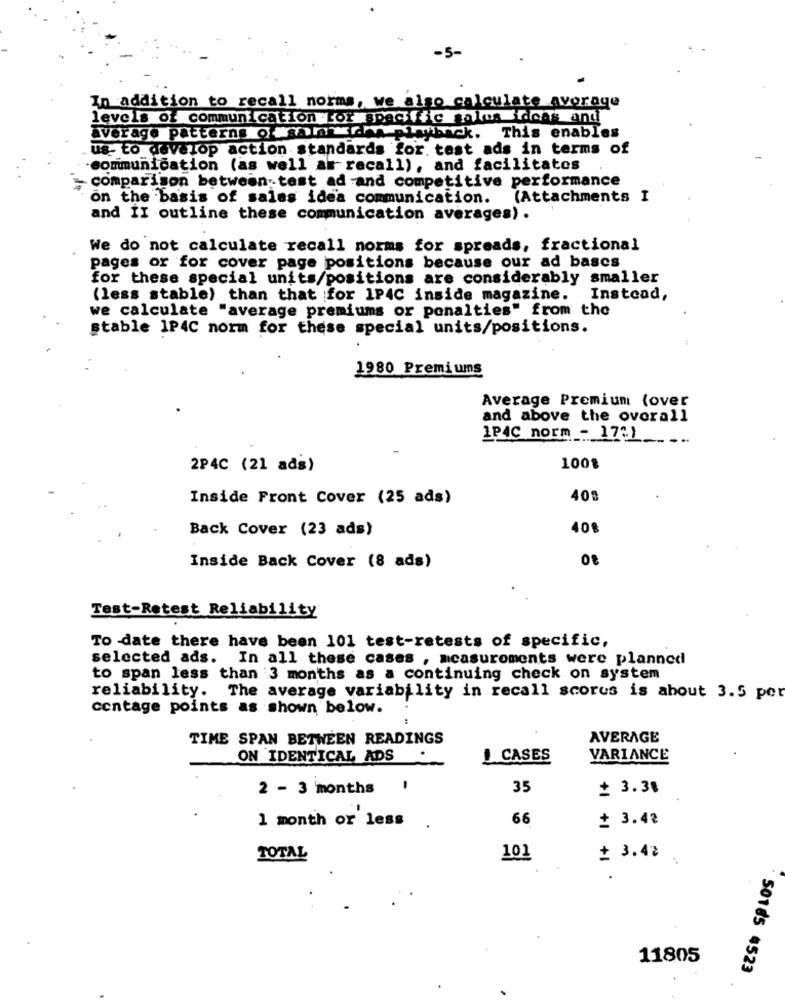
In addition to recall norms, we also calculate average
levels of communication for specific salus ideas and
average patterns of salt taha playback.
This enables
us to develop action standards for. test ads in terms of
-communication (as well as recall), and facilitates
- comparison between-test ad and competitive performance
on the basis of sales idea communication.
(Attachments I
and II outline these communication averages) .
We do not calculate recall norms for spreads, fractional
pages or for cover page positions because our ad bases
for these special units/positions are considerably smaller
(less stable) than that for 1P4C inside magazine.
Instead,
we calculate "average premiums or penalties" from the
stable 1P4C norm for these special units/positions.
1980 Premiums
Average Premium {over
and above the overall
IPAC norm - 1731 ..
2P4C (21 ads)
100$
Inside Front Cover (25 ads)
408
Back Cover (23 ads)
409
Inside Back Cover (8 ads)
Test-Retest Reliability
To date there have been 101 test-retests of specific,
selected ads. In all these cases , measurements were planned
to span less than 3 months as a continuing check on system
reliability. The average variability in recall scores is about 3.5 por
centage points as shown below.
TIME SPAN BETWEEN READINGS
AVERAGE
ON IDENTICAL ADS
.
I CASES
VARIANCE
2 - 3 months !
35
₾ 3.38
1 month or less
66
₾ 3.42
TOTAL
101
+ 3.42
11805
50185 #523